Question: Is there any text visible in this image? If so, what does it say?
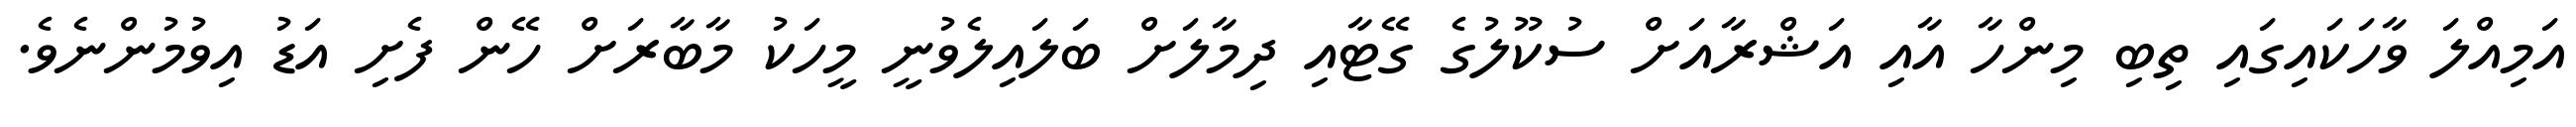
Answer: އަމިއްލަ ވާހަކައިގައި ތިބި މިންހާ އާއި އަޝްރާއަށް ސުކޫލުގެ ގޭޓާއި ދިމާލަށް ބަލައިލެވުނީ މީހަކު މާބާރަށް ހޭން ފެށި އަޑު އިވުމުންނެވެ.